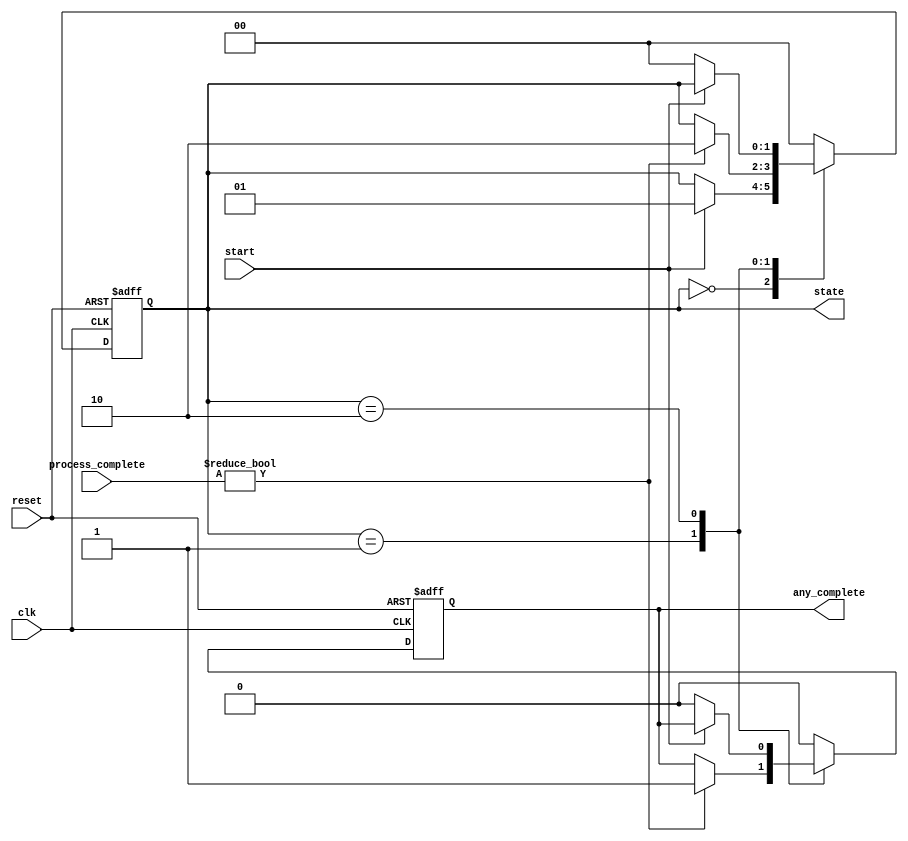
module ForkJoinAny #(
    parameter NUM_PROCESSES = 4 // Number of concurrent processes
)
(
    input wire clk,
    input wire reset,
    input wire start, // Signal to initiate the fork operation
    input wire [NUM_PROCESSES-1:0] process_complete, // Signals indicating completion of each process
    output reg any_complete, // Signal indicating at least one process is completed
    output reg [1:0] state // State: 0=Idle, 1=Active, 2=Completed
);

// State Definitions
localparam IDLE = 2'b00;
localparam ACTIVE = 2'b01;
localparam COMPLETED = 2'b10;

always @(posedge clk or negedge reset) begin
    if (!reset) begin
        state <= IDLE;
        any_complete <= 0;
    end else begin
        case (state)
            IDLE: begin
                any_complete <= 0;
                if (start) begin
                    state <= ACTIVE; // Transition to active state on start
                end
            end
            
            ACTIVE: begin
                // Check for completion of any process
                if (process_complete != 0) begin
                    any_complete <= 1; // Set completion signal
                    state <= COMPLETED; // Transition to completed state
                end
            end
            
            COMPLETED: begin
                // In completed state, we can allow to reset or restart
                if (!start) begin
                    state <= IDLE; // Transition back to idle state
                    any_complete <= 0; // Clear completion signal
                end
            end
            
            default: begin
                state <= IDLE; // Default case to ensure state is IDLE
                any_complete <= 0;
            end
        endcase
    end
end

endmodule